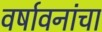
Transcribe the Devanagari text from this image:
वर्षावनांचा